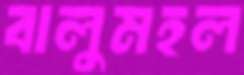
বালুমহল